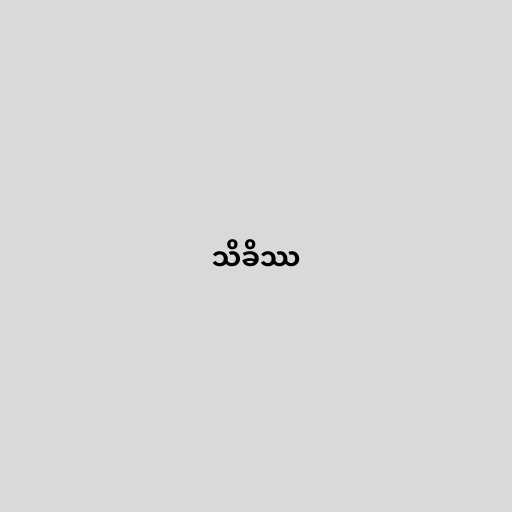
သိခိဿ